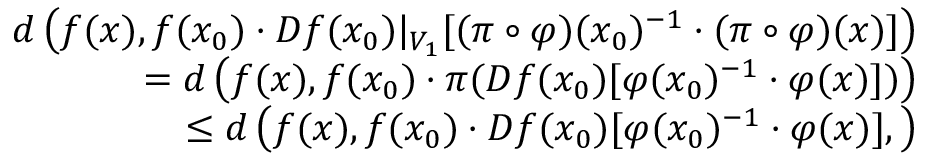
\begin{array} { r } { d \left( f ( x ) , f ( x _ { 0 } ) \cdot D f ( x _ { 0 } ) | _ { V _ { 1 } } [ ( \pi \circ \varphi ) ( x _ { 0 } ) ^ { - 1 } \cdot ( \pi \circ \varphi ) ( x ) ] \right) } \\ { \qquad = d \left( f ( x ) , f ( x _ { 0 } ) \cdot \pi ( D f ( x _ { 0 } ) [ \varphi ( x _ { 0 } ) ^ { - 1 } \cdot \varphi ( x ) ] ) \right) } \\ { \qquad \qquad \leq d \left( f ( x ) , f ( x _ { 0 } ) \cdot D f ( x _ { 0 } ) [ \varphi ( x _ { 0 } ) ^ { - 1 } \cdot \varphi ( x ) ] , \right) } \end{array}